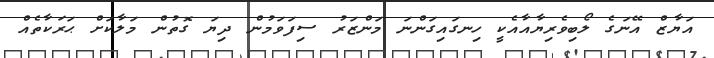
އަޔާޒް އޭނަގެ ލޯބިވެރިޔާއާއެކީ ހިނގައިގަންނަ މަންޒަރު ސިފަވަމުން ދިޔަ ގޮތުން މަލާކަށް ޙަރަކާތެއް